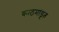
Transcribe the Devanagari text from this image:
काठमांडूत